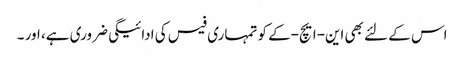
اس کے لئے بھی این-ایچ-کے کو تمہاری فیس کی ادائیگی ضروری ہے، اور ۔